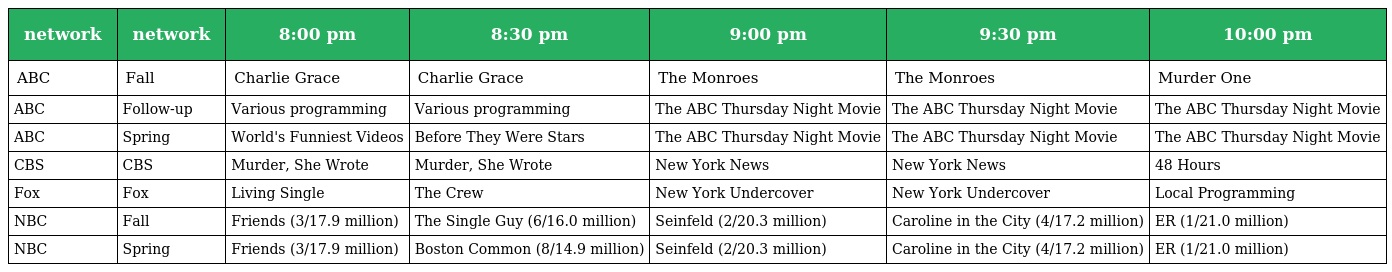
| network | network | 8:00 pm | 8:30 pm | 9:00 pm | 9:30 pm | 10:00 pm |
 | --- | --- | --- | --- | --- | --- | --- |
 | ABC | Fall | Charlie Grace | Charlie Grace | The Monroes | The Monroes | Murder One |
 | ABC | Follow-up | Various programming | Various programming | The ABC Thursday Night Movie | The ABC Thursday Night Movie | The ABC Thursday Night Movie |
 | ABC | Spring | World's Funniest Videos | Before They Were Stars | The ABC Thursday Night Movie | The ABC Thursday Night Movie | The ABC Thursday Night Movie |
 | CBS | CBS | Murder, She Wrote | Murder, She Wrote | New York News | New York News | 48 Hours |
 | Fox | Fox | Living Single | The Crew | New York Undercover | New York Undercover | Local Programming |
 | NBC | Fall | Friends (3/17.9 million) | The Single Guy (6/16.0 million) | Seinfeld (2/20.3 million) | Caroline in the City (4/17.2 million) | ER (1/21.0 million) |
 | NBC | Spring | Friends (3/17.9 million) | Boston Common (8/14.9 million) | Seinfeld (2/20.3 million) | Caroline in the City (4/17.2 million) | ER (1/21.0 million) |